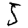
Digit: 5